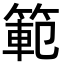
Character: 範